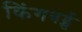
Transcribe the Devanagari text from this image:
किंगबर्ड्स